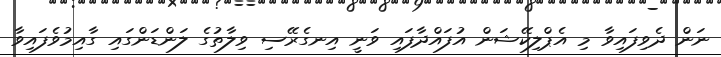
ނަން ދެވިފައިވާ މި އެޕްލިކޭޝަން އުފައްދާފައި ވަނީ އިނގެރޭސި ވިލާތުގެ ލަންޑަންގައި ގާއިމުވެފައިވާ